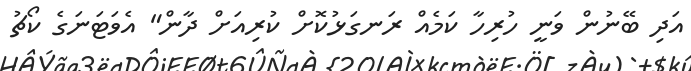
އަދި ބޭނުން ވަނީ ހުރިހާ ކަމެއް ރަނގަޅުކޮށް ކުރިއަށް ދާން" އެވަޓަނަގެ ކޯޗު